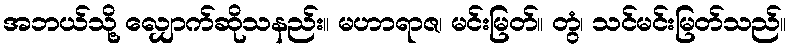
အဘယ်သို့ လျှောက်ဆိုသနည်း။ မဟာရာဇ၊ မင်းမြတ်။ တွံ၊ သင်မင်းမြတ်သည်။